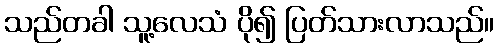
သည်တခါ သူ့လေသံ ပို၍ ပြတ်သားလာသည်။